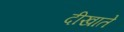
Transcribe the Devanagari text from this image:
दीखाते